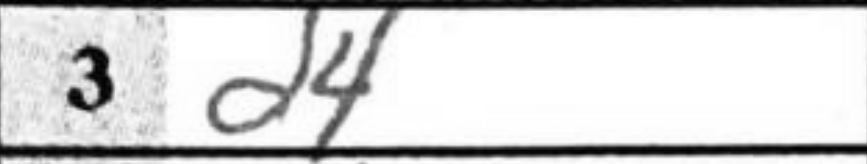
Transcription: d4